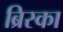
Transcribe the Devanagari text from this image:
ब्रिस्का